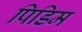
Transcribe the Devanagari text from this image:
पिडिम